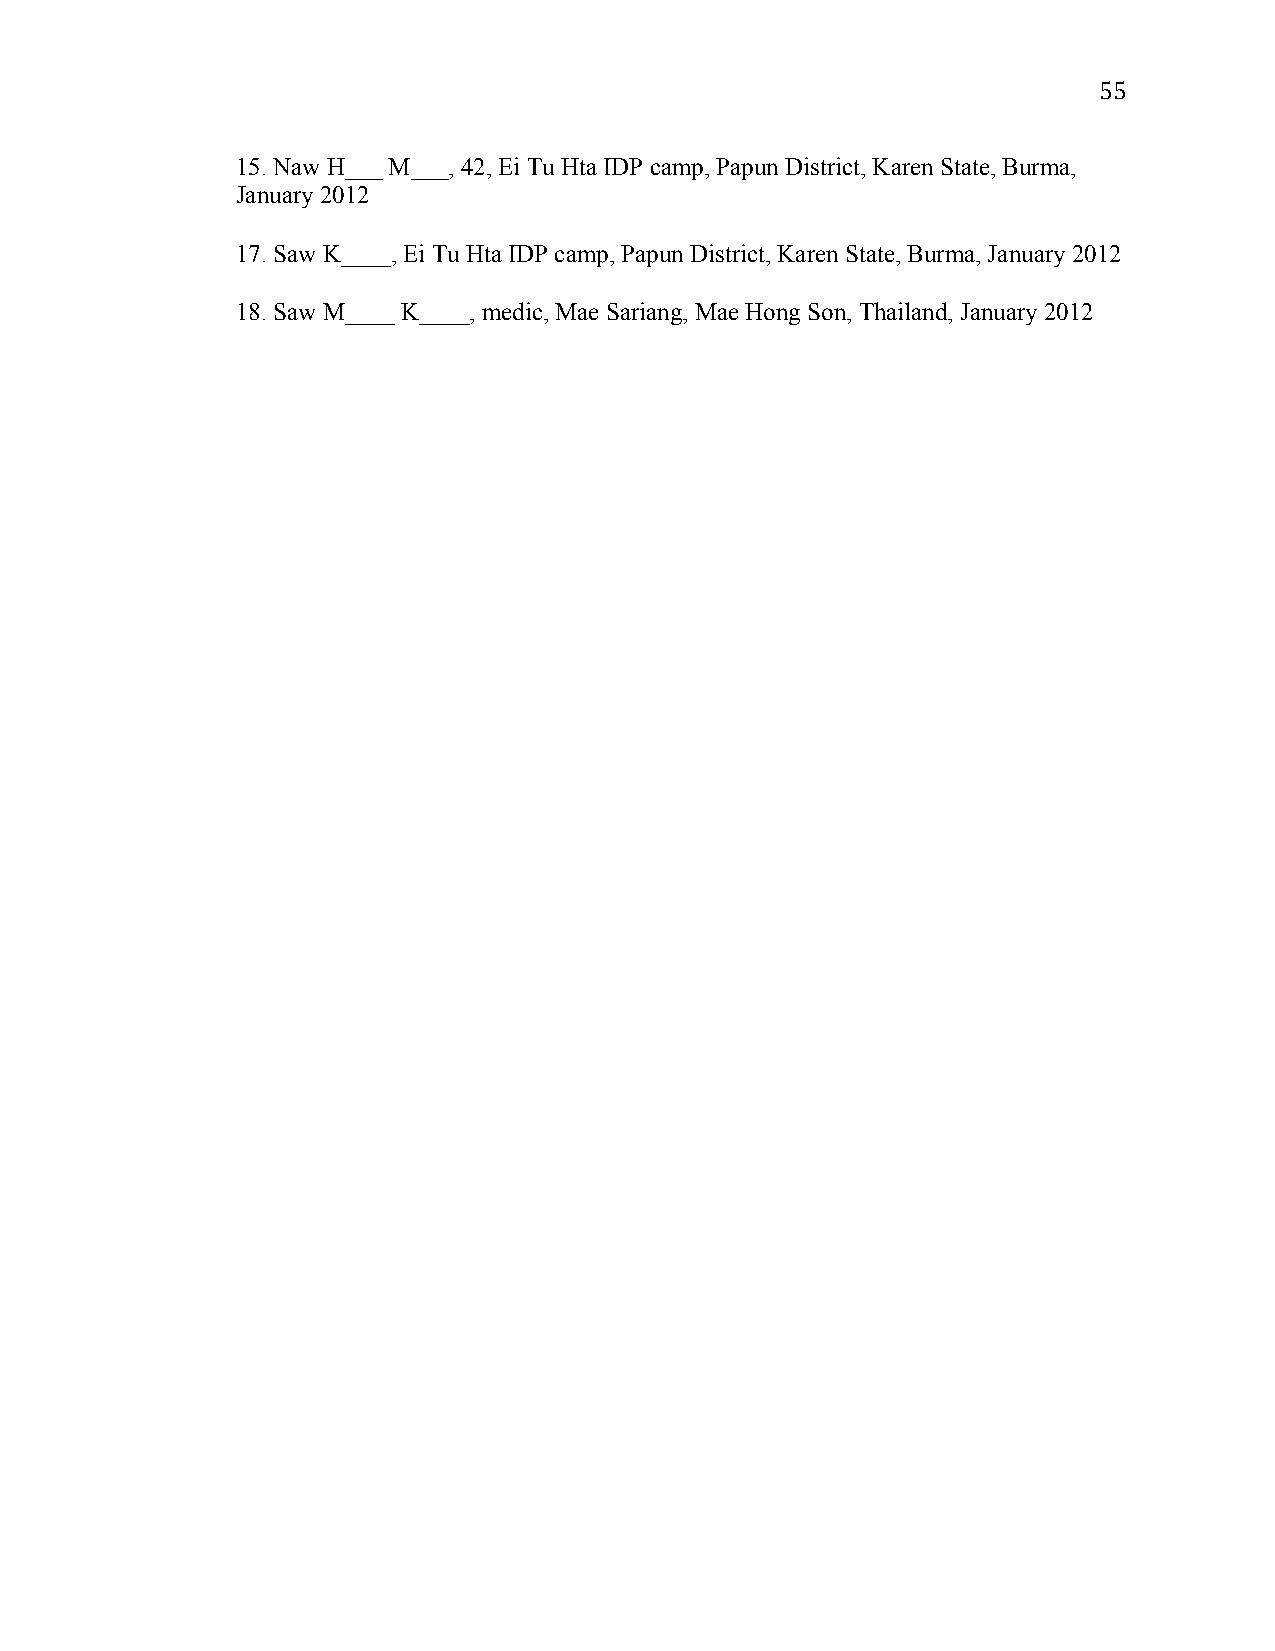
55
 15. Naw H___ M___, 42, Ei Tu Hta IDP camp, Papun District, Karen State, Burma,
 January 2012
 17. Saw K____, Ei Tu Hta IDP camp, Papun District, Karen State, Burma, January 2012
 18. Saw M____ K____, medic, Mae Sariang, Mae Hong Son, Thailand, January 2012